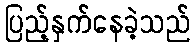
ပြည့်နှက်နေခဲ့သည်